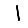
Digit: 1